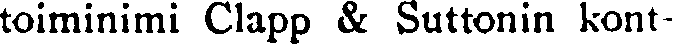
toiminimi Clapp & Suttonin kont-